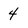
Character: 4